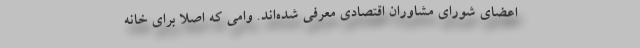
اعضای شورای مشاوران اقتصادی معرفی شده‌اند. وامی که اصلا برای خانه